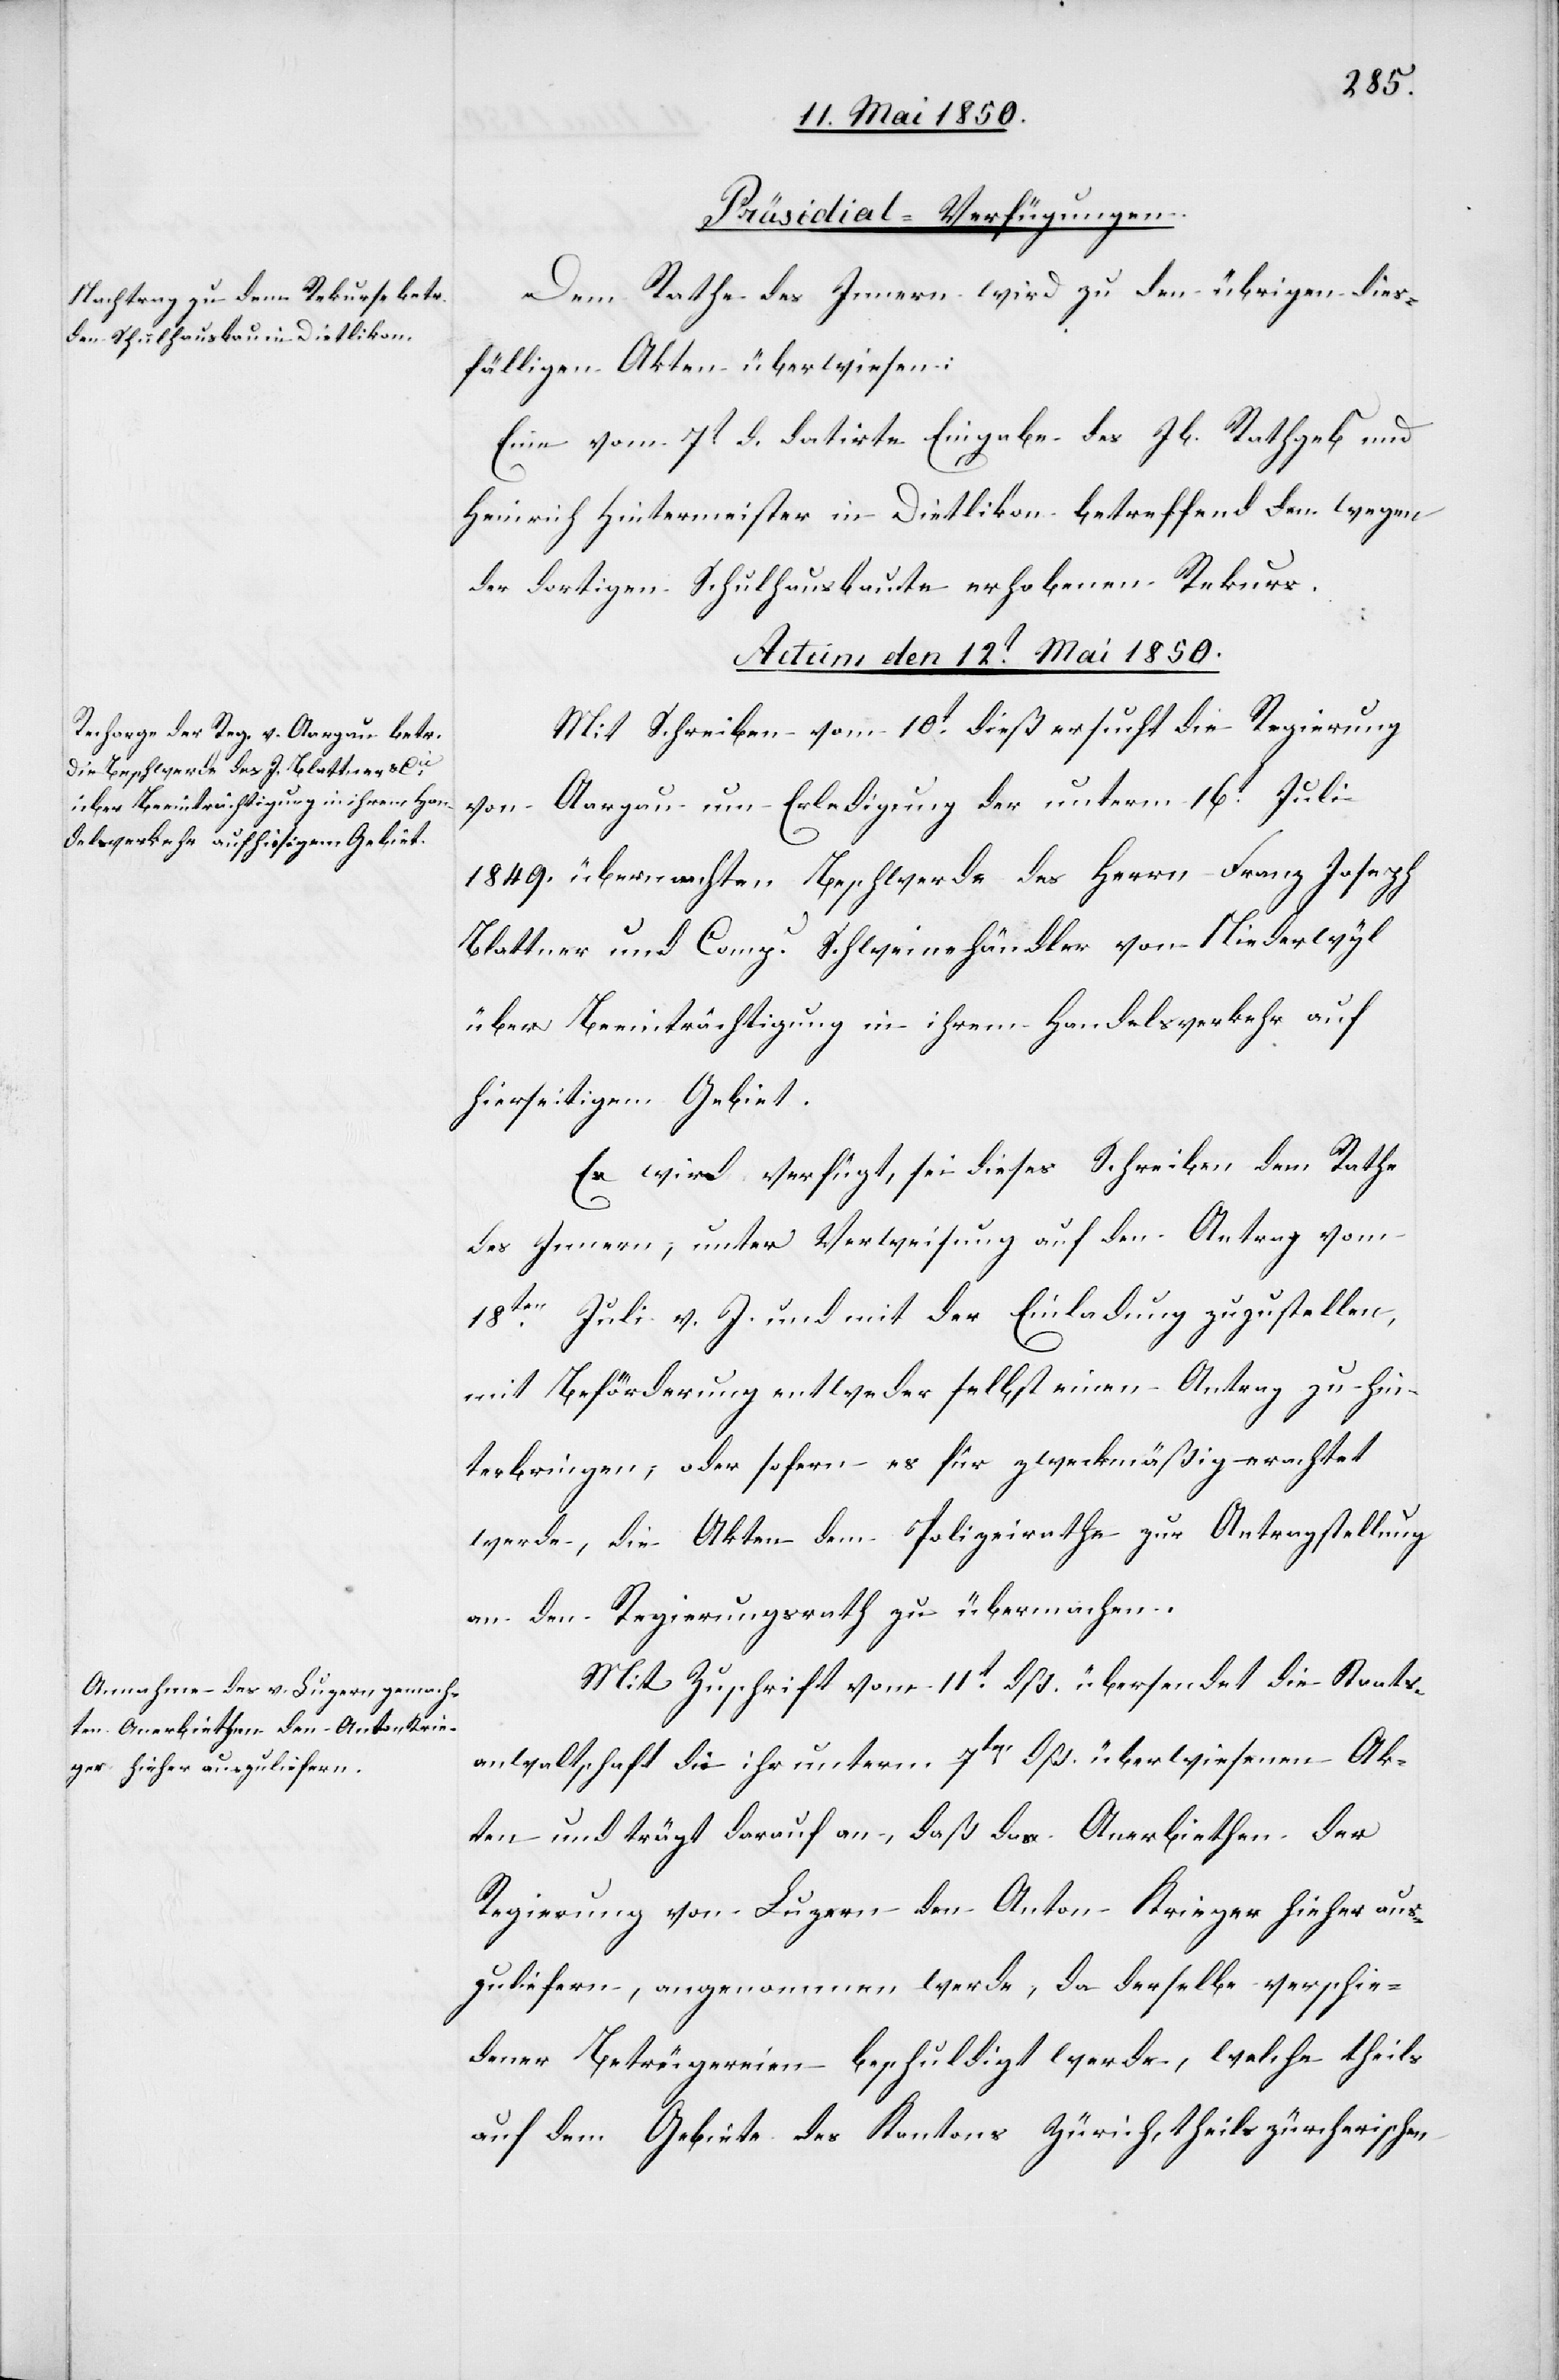
[Präsidial-Verfügungen.
Dem Rathe des Innern wird zu den übrigen dies¬
fälligen Akten überwiesen:
Eine vom 7t d. datirte Eingabe des Jb. Rathgeb und
Heinrich Hintermeister in Dietikon betreffend den wegen
der dortigen Schulhausbaute erhobenen Rekurs.
Actum den 12t Mai 1850.]
Mit Schreiben vom 10t dieß ersucht die Regierung
Aargau um Erledigung der unterm 16t Juli
1849. übermachten Beschwerde des Herrn Franz Joseph
Blattner und Comp. Schweinehändler von Niederwyl
über Beeinträchtigung in ihrem Handelsverkehr auf
hierseitigem Gebiet.
Es wird verfügt, sei dieses Schreiben dem Rathe
des Innern, unter Verweisung auf den Antrag vom
18ten Juli v. J. und mit der Einladung zuzustellen,
mit Beförderung entweder selbst einen Antrag zu hin¬
terbringen, ober sofern es für zweckmäßig erachtet
werde, die Akten dem Polizeirathe zur Antragstellung
an den Regierungsrath zu übermachen.
Mit Zuschrift vom 11t dß. übersendet die Staats¬
anwaltschaft die ihr unterm 7ten dß. überwiesenen Ak¬
ten und trägt darauf an, daß das Anerbiethen der
Regierung von Luzern den Anton Krieger hieher aus¬
zuliefern, angenommen werde, da derselbe verschie¬
dener Betrügereien beschuldigt werde, welche theils
auf dem Gebiete des Kantons Zürich, theils zürcherischen